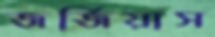
জর্জিয়াস